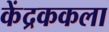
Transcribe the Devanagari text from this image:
केंद्रककला